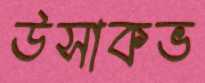
উসাকভ